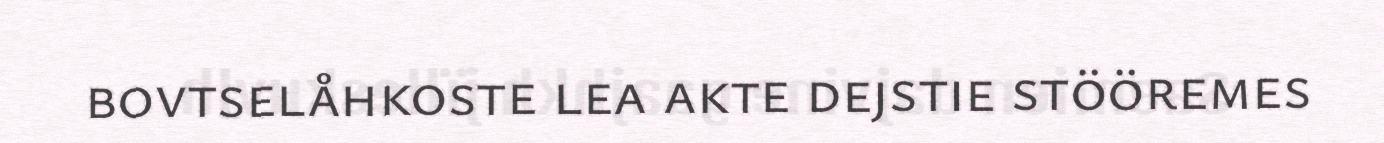
bovtselåhkoste lea akte dejstie stööremes